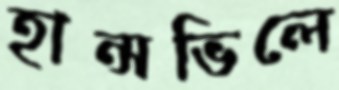
হান্সভিলে